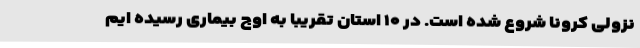
نزولی کرونا شروع شده است. در ۱۰ استان تقریبا به اوج بیماری رسیده ایم